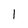
Character: l